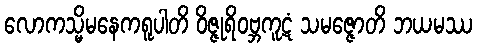
လောကသ္မိမနေကရူပါတိ ဝိဇ္ဇုရိဝဗ္ဘကူဋံ သမဇ္ဇောတိ ဘယမဿ